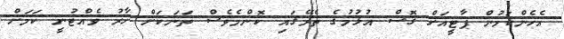
އެހެންކަމުން ޕާޓީއަށް ގޮސް އުޅުމުގެ ތެރޭގައި ކޮންމެވެސް ތަނަކަށް ހާރު ވެއްޓުނީ ކަމަށް